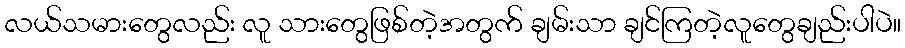
လယ်သမားတွေလည်း လူ သားတွေဖြစ်တဲ့အတွက် ချမ်းသာ ချင်ကြတဲ့လူတွေချည်းပါပဲ။